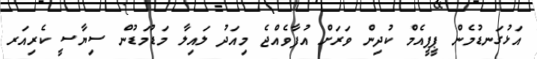
އަޅުގަނޑުމެން ޕީޕީއެމް ކުދިން ވަރަށް އުފާވެއްޖެ މިއަދު ލައިލާ މަޑުމަޑުން ސިޔާސީ ކެރިއަރ